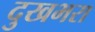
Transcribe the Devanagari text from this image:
दुखभरा